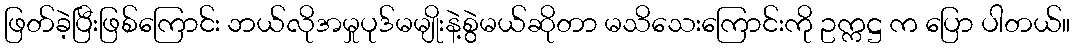
ဖြတ်ခဲ့ပြီးဖြစ်ကြောင်း ဘယ်လိုအမှုပုဒ်မမျိုးနဲ့စွဲမယ်ဆိုတာ မသိသေးကြောင်းကို ဥက္ကဋ္ဌ က ပြော ပါတယ်။